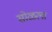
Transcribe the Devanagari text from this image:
सोळला